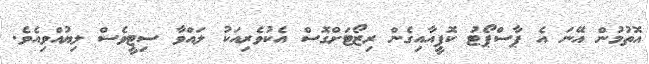
އޮތުމުން އޭނަ އެ ޕާސްޕޯޓު ކޮޕީއާއިގެން ރިޒޯޓަށްގޮސް އެކުވެރިއަކު ލައްވާ ސިޓީވެސް ލިޔުއްވިއެވެ.